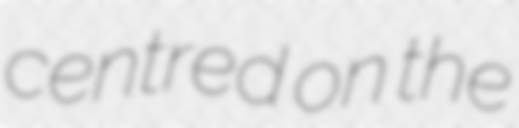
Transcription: centred on the